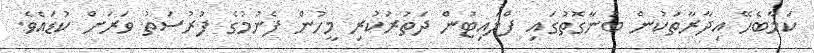
ކަމާބެހޭ އިދާރާތަކުން ބުނާގޮތުގައި ފްލައިޓުން ދަތުރުކުރި މީހުން ފެނުމުގެ ފުރުސަތު ވަރަށް ކުޑައެވެ.